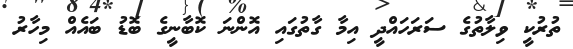
ތުރުކީ ވިލާތުގެ ސަރަހައްދީ އިމާ ގާތުގައި އޮންނަ ކޮބާނީގެ ބޮޑު ބައެއް މިހާރު